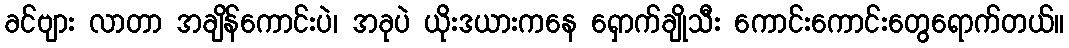
ခင်ဗျား လာတာ အချိန်ကောင်းပဲ၊ အခုပဲ ယိုးဒယားကနေ ရှောက်ချိုသီး ကောင်းကောင်းတွေရောက်တယ်။